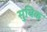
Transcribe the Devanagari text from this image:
सुबिक